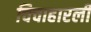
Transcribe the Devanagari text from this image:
चिचाहारली